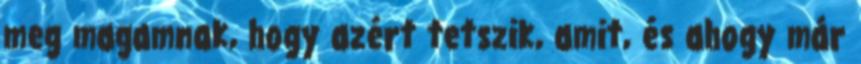
meg magamnak, hogy azért tetszik, amit, és ahogy már